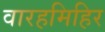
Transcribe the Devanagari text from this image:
वारहमिहिर